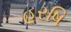
હરષિ